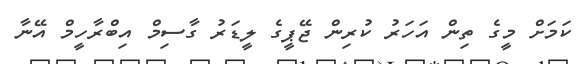
ކަމަށް މީގެ ތިން އަހަރު ކުރިން ޖޭޕީގެ ލީޑަރު ގާސިމް އިބްރާހީމް އޭނާ